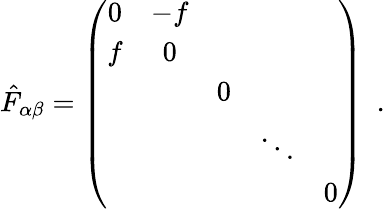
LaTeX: {\hat{F}}_{\alpha\beta}=\left(\begin{array}{ccccc}{{0}}&{{-f}}&{{}}&{{}}&{{}}\\ {{f}}&{{0}}&{{}}&{{}}&{{}}\\ {{}}&{{}}&{{0}}&{{}}&{{}}\\ {{}}&{{}}&{{}}&{{\ddots}}&{{}}\\ {{}}&{{}}&{{}}&{{}}&{{0}}\end{array}\right)~~.